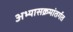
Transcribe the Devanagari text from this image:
अभ्यासक्रमांतर्गत